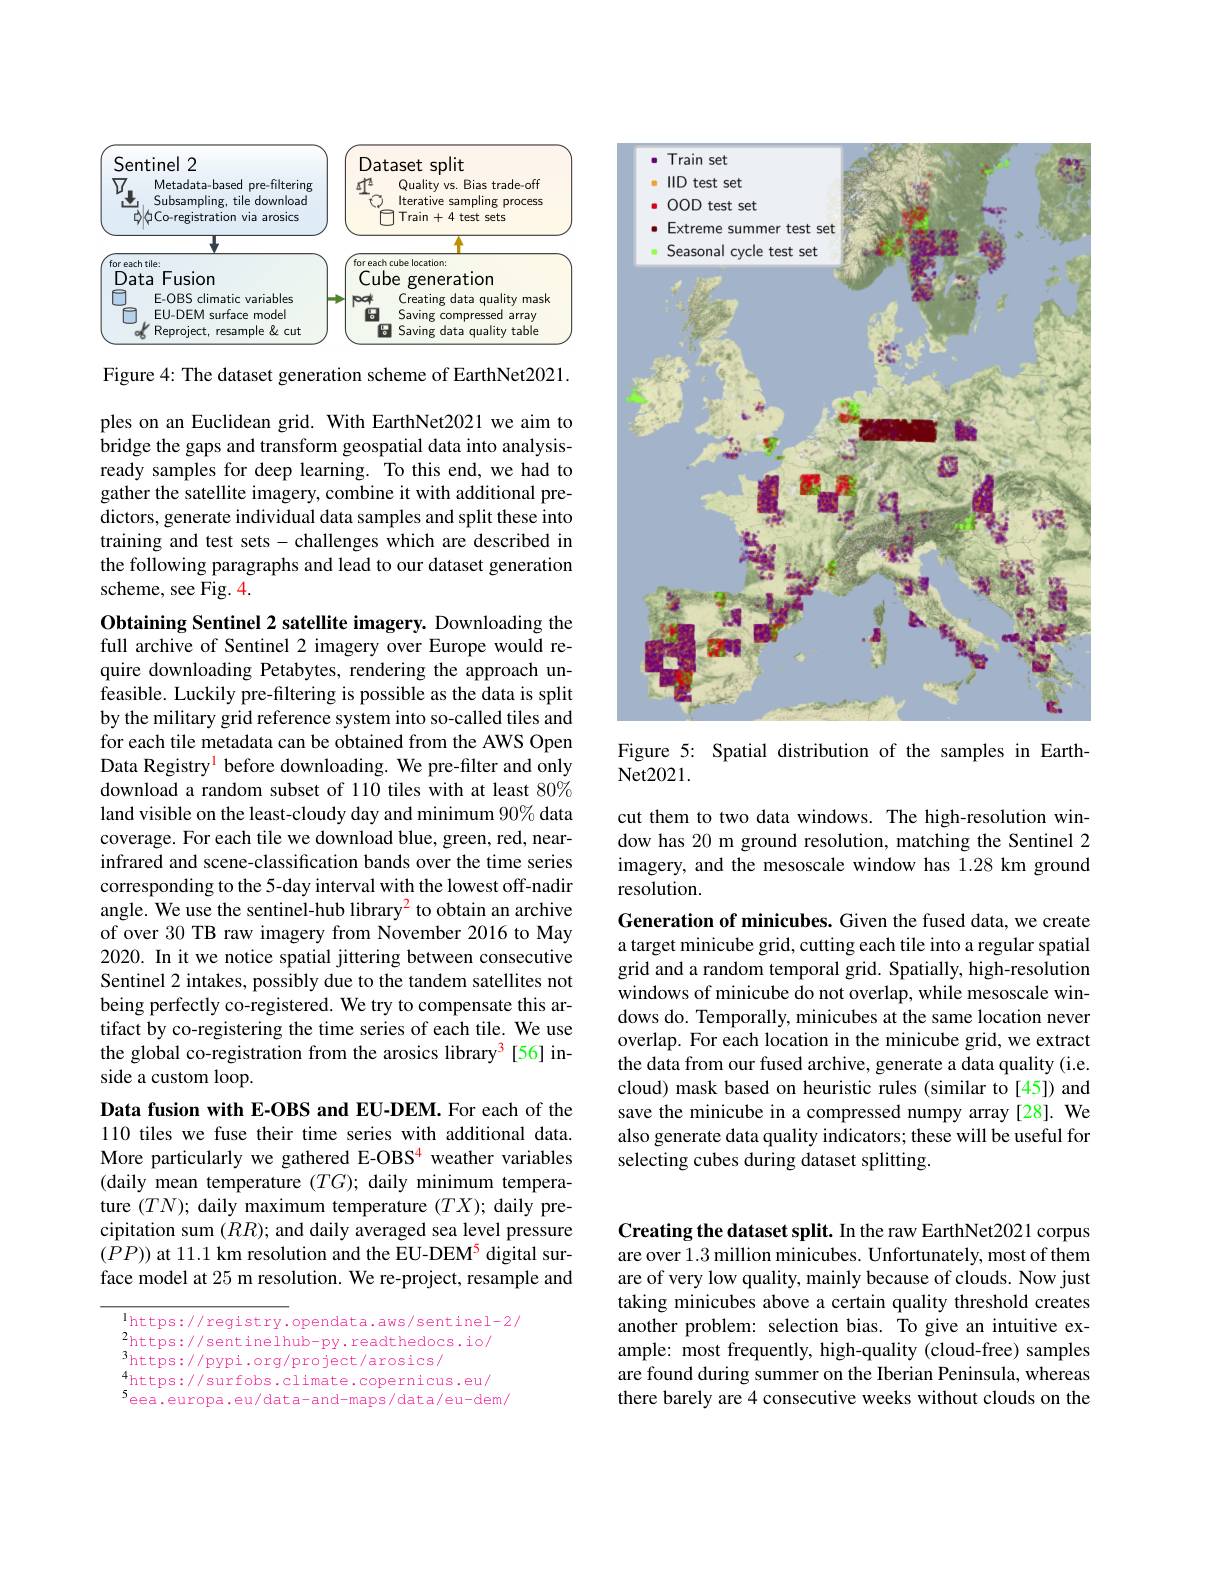
<FigureHere>

Figure 4: The dataset generation scheme of EarthNet2021.

ples on an Euclidean grid. With EarthNet2021 we aim to bridge the gaps and transform geospatial data into analysisready samples for deep learning. To this end, we had to gather the satellite imagery, combine it with additional predictors, generate individual data samples and split these into training and test sets- challenges which are described in the following paragraphs and lead to our dataset generation scheme, see Fig. 4.

Obtaining Sentinel 2 satellite imagery. Downloading the full archive of Sentinel 2 imagery over Europe would require downloading Petabytes, rendering the approach unfeasible. Luckily pre-filtering is possible as the data is split by the military grid reference system into so-called tiles and for each tile metadata can be obtained from the AWS Open Data Registry$^{\mathrm{l}}$ before downloading. We pre-filter and only download a random subset of 110 tiles with at least 80% land visible on the least-cloudy day and minimum 90% data coverage. For each tile we download blue, green, red, nearinfrared and scene-classification bands over the time series corresponding to the 5-day interval with the lowest off-nadir angle. We use the sentinel-hub library$^{2}$ to obtain an archive of over 30 TB raw imagery from November 2016 to May 2020. In it we notice spatial jittering between consecutive Sentinel 2 intakes, possibly due to the tandem satellites not being perfectly co-registered. We try to compensate this artifact by co-registering the time series of each tile. We use the global co-registration from the arosics library$^{3}$[56] inside a custom loop.

Data fusion with E-OBS and EU-DEM. For each of the 110 tiles we fuse their time series with additional data. More particularly we gathered E-OBS$^{\color{red}{4}}$ weather variables (daily mean temperature $(TG);$ daily minimum temperature $(TN);$ daily maximum temperature $(TX);$ daily precipitation sum $(RR);$ and daily averaged sea level pressure $(\bar{P}P))$ at 11.1 km resolution and the EU-DEM$^5$ digital surface model at 25 m resolution. We re-project, resample and

 lhttps://registry.opendata.aws/sentinel-2/
$^{2}$https://sentinelhub-py.readthedocs.io/
$^3$https://pypi.org/project/arosics/
$_{5}^{4}$https://surfobs.climate.copernicus.eu/ $^{5}$eea.europa.eu/data-and-maps/data/eu-dem/

<FigureHere>

Figure 5: Spatial distribution of the samples in Earth-
## Net2021.

cut them to two data windows. The high-resolution window has 20 m ground resolution, matching the Sentinel 2 imagery, and the mesoscale window has 1.28 km ground resolution.

Generation of minicubes. Given the fused data, we create a target minicube grid, cutting each tile into a regular spatial grid and a random temporal grid. Spatially, high-resolution windows of minicube do not overlap, while mesoscale windows do. Temporally, minicubes at the same location never overlap. For each location in the minicube grid, we extract the data from our fused archive, generate a data quality (i.e. cloud) mask based on heuristic rules (similar to[45]) and save the minicube in a compressed numpy array[28]. We also generate data quality indicators; these will be useful for selecting cubes during dataset splitting.

Creating the dataset split. In the raw EarthNet2021 corpus are over 1.3 million minicubes. Unfortunately, most of them are of very low quality, mainly because of clouds. Now just taking minicubes above a certain quality threshold creates another problem: selection bias. To give an intuitive example: most frequently, high-quality (cloud-free) samples are found during summer on the Iberian Peninsula, whereas there barely are 4 consecutive weeks without clouds on the